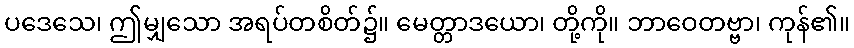
ပဒေသေ၊ ဤမျှသော အရပ်တစိတ်၌။ မေတ္တာဒယော၊ တို့ကို။ ဘာဝေတဗ္ဗာ၊ ကုန်၏။